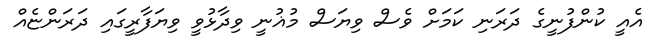
އެއީ ކުންފުނީގެ ދަރަނި ކަމަށް ވެސް ވިޔަސް މުޣުނީ ވިދާޅުވީ ވިޔަފާރީގައި ދަރަންޏެއް